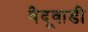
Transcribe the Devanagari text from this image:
वैदूवाडी